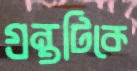
গ্রন্থটিকে